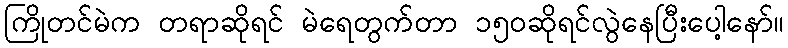
ကြိုတင်မဲက တရာဆိုရင် မဲရေတွက်တာ ၁၅၀ဆိုရင်လွဲနေပြီးပေါ့နော်။